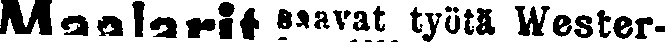
Maalarit saavat työtä Wester-